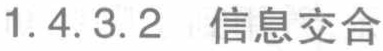
1.4.3.2 信息交合